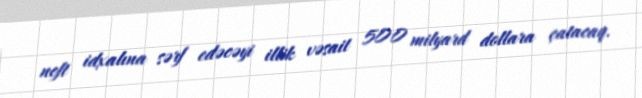
neft idxalına sərf edəcəyi illik vəsait 500 milyard dollara çatacaq.